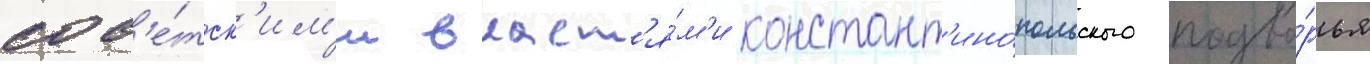
сов'е́тск'им'и власт'я́м'и констант'ино́польского подво́рья